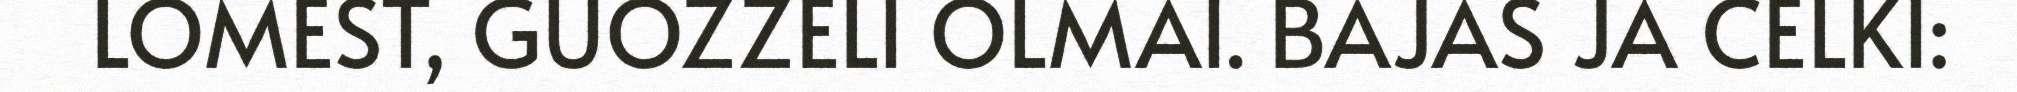
LOMEST, GUOZZELI OLMAI. BAJAS JA CELKI: